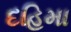
દહિમા